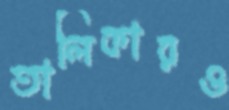
তালিকারও